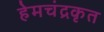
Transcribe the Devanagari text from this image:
हेमचंद्रकृत